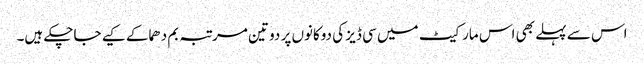
اس سے پہلے بھی اس مارکیٹ میں سی ڈیز کی دوکانوں پر دو تین مرتبہ بم دھماکے کیے جاچکے ہیں۔